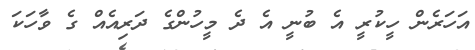
އަހަރެން ހީކުރީ އެ ބުނީ އެ ދެ މީހުންގެ ދަރިއެއް ގެ ވާހަކަ